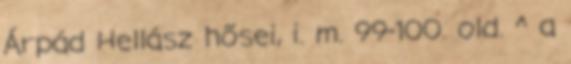
Árpád Hellász hősei, i. m. 99-100. old. ^ a